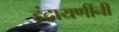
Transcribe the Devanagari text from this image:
इंद्रायणींनी